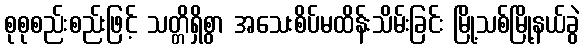
စုစုစည်းစည်းဖြင့် သတ္တိရှိစွာ အသေးစိပ်မထိန်းသိမ်းခြင်း မြို့သစ်မြို့နယ်ခွဲ